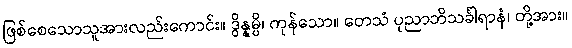
ဖြစ်စေသောသူအားလည်းကောင်း။ ဒွိန္နမ္ပိ၊ ကုန်သော။ တေသံ ပုညာဘိသင်္ခါရာနံ၊ တို့အား။